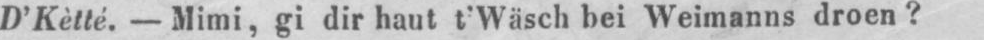
D’Kètté. - Mimi, gi dir haut t’Wäsch bei Weimanns droen?